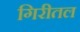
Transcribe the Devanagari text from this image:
गिरीतल